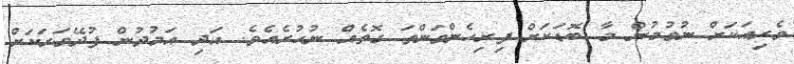
ވެރިއަކަށް ނުވުމުން މާ ބޮޑަކަށް ފިރިހެންވަންތަ ގޮތެއް ނުހުރެއެވެ. އަދި އަމުދުން ފުދޭވަރަކަށް